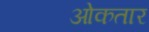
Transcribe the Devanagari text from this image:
ओकतार